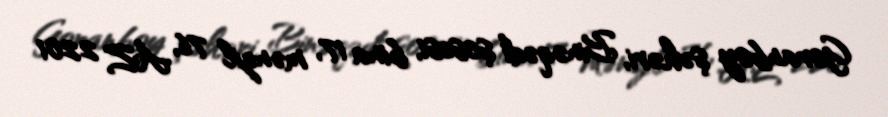
Goranboy şəhəri, Binəqədi şosesi, bina 17, mənzil 76, AZ 2201